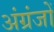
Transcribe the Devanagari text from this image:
अंग्रंजों